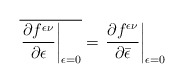
\begin{align*}\overline{\left.\frac{\partial f^{\epsilon\nu}}{\partial \epsilon}\right|_{\epsilon=0}}=\left.\frac{\partial f^{\epsilon\nu}}{\partial \bar{\epsilon}}\right|_{\epsilon=0}\end{align*}